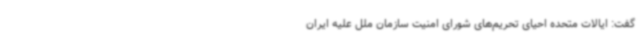
گفت: ایالات متحده احیای تحریم‌های شورای امنیت سازمان ملل علیه ایران